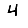
Digit: 4